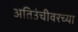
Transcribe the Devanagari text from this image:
अतिउंचीवरच्या